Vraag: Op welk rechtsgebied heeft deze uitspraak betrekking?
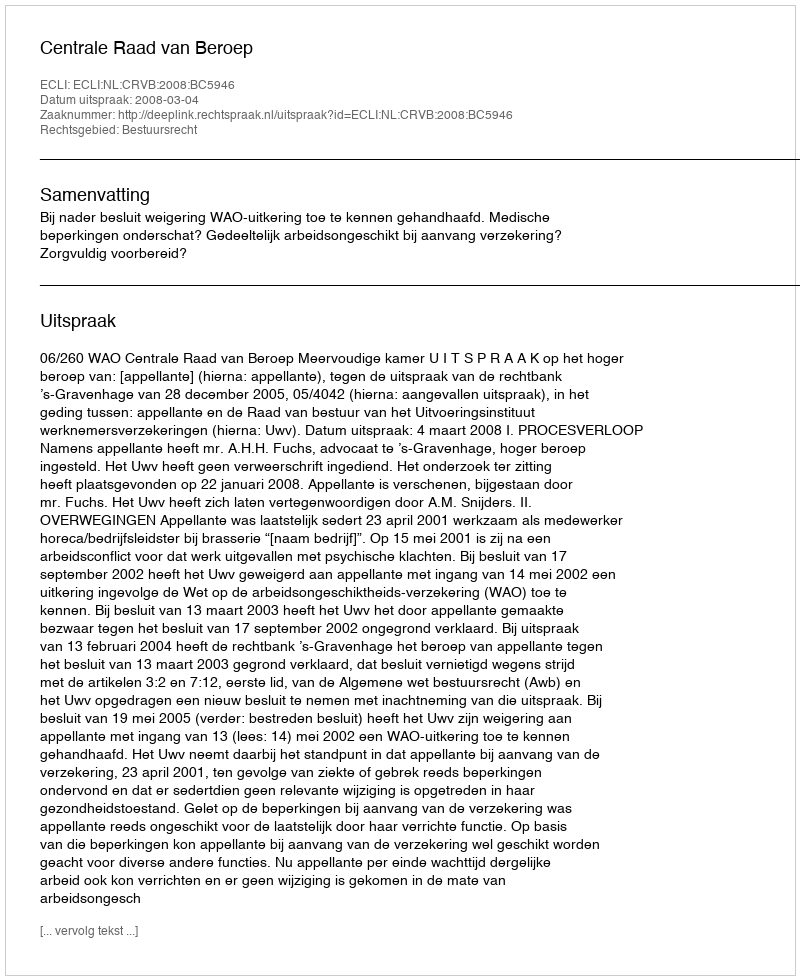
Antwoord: Bestuursrecht